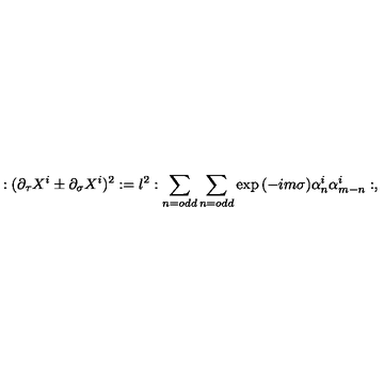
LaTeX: : ( \partial _ { \tau } X ^ { i } \pm \partial _ { \sigma } X ^ { i } ) ^ { 2 } : = l ^ { 2 } : \sum _ { n = o d d } \sum _ { n = o d d } \exp { ( - i m \sigma ) } \alpha _ { n } ^ { i } \alpha _ { m - n } ^ { i } : ,